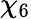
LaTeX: \chi_{6}